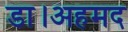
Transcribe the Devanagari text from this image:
डा।अहमद